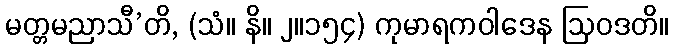
မတ္တမညာသီ’တိ, (သံ။ နိ။ ၂။၁၅၄) ကုမာရကဝါဒေန ဩဝဒတိ။